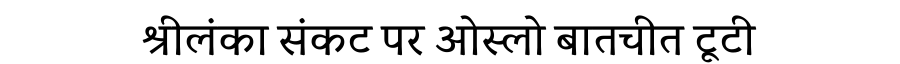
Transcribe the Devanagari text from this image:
श्रीलंका संकट पर ओस्लो बातचीत टूटी